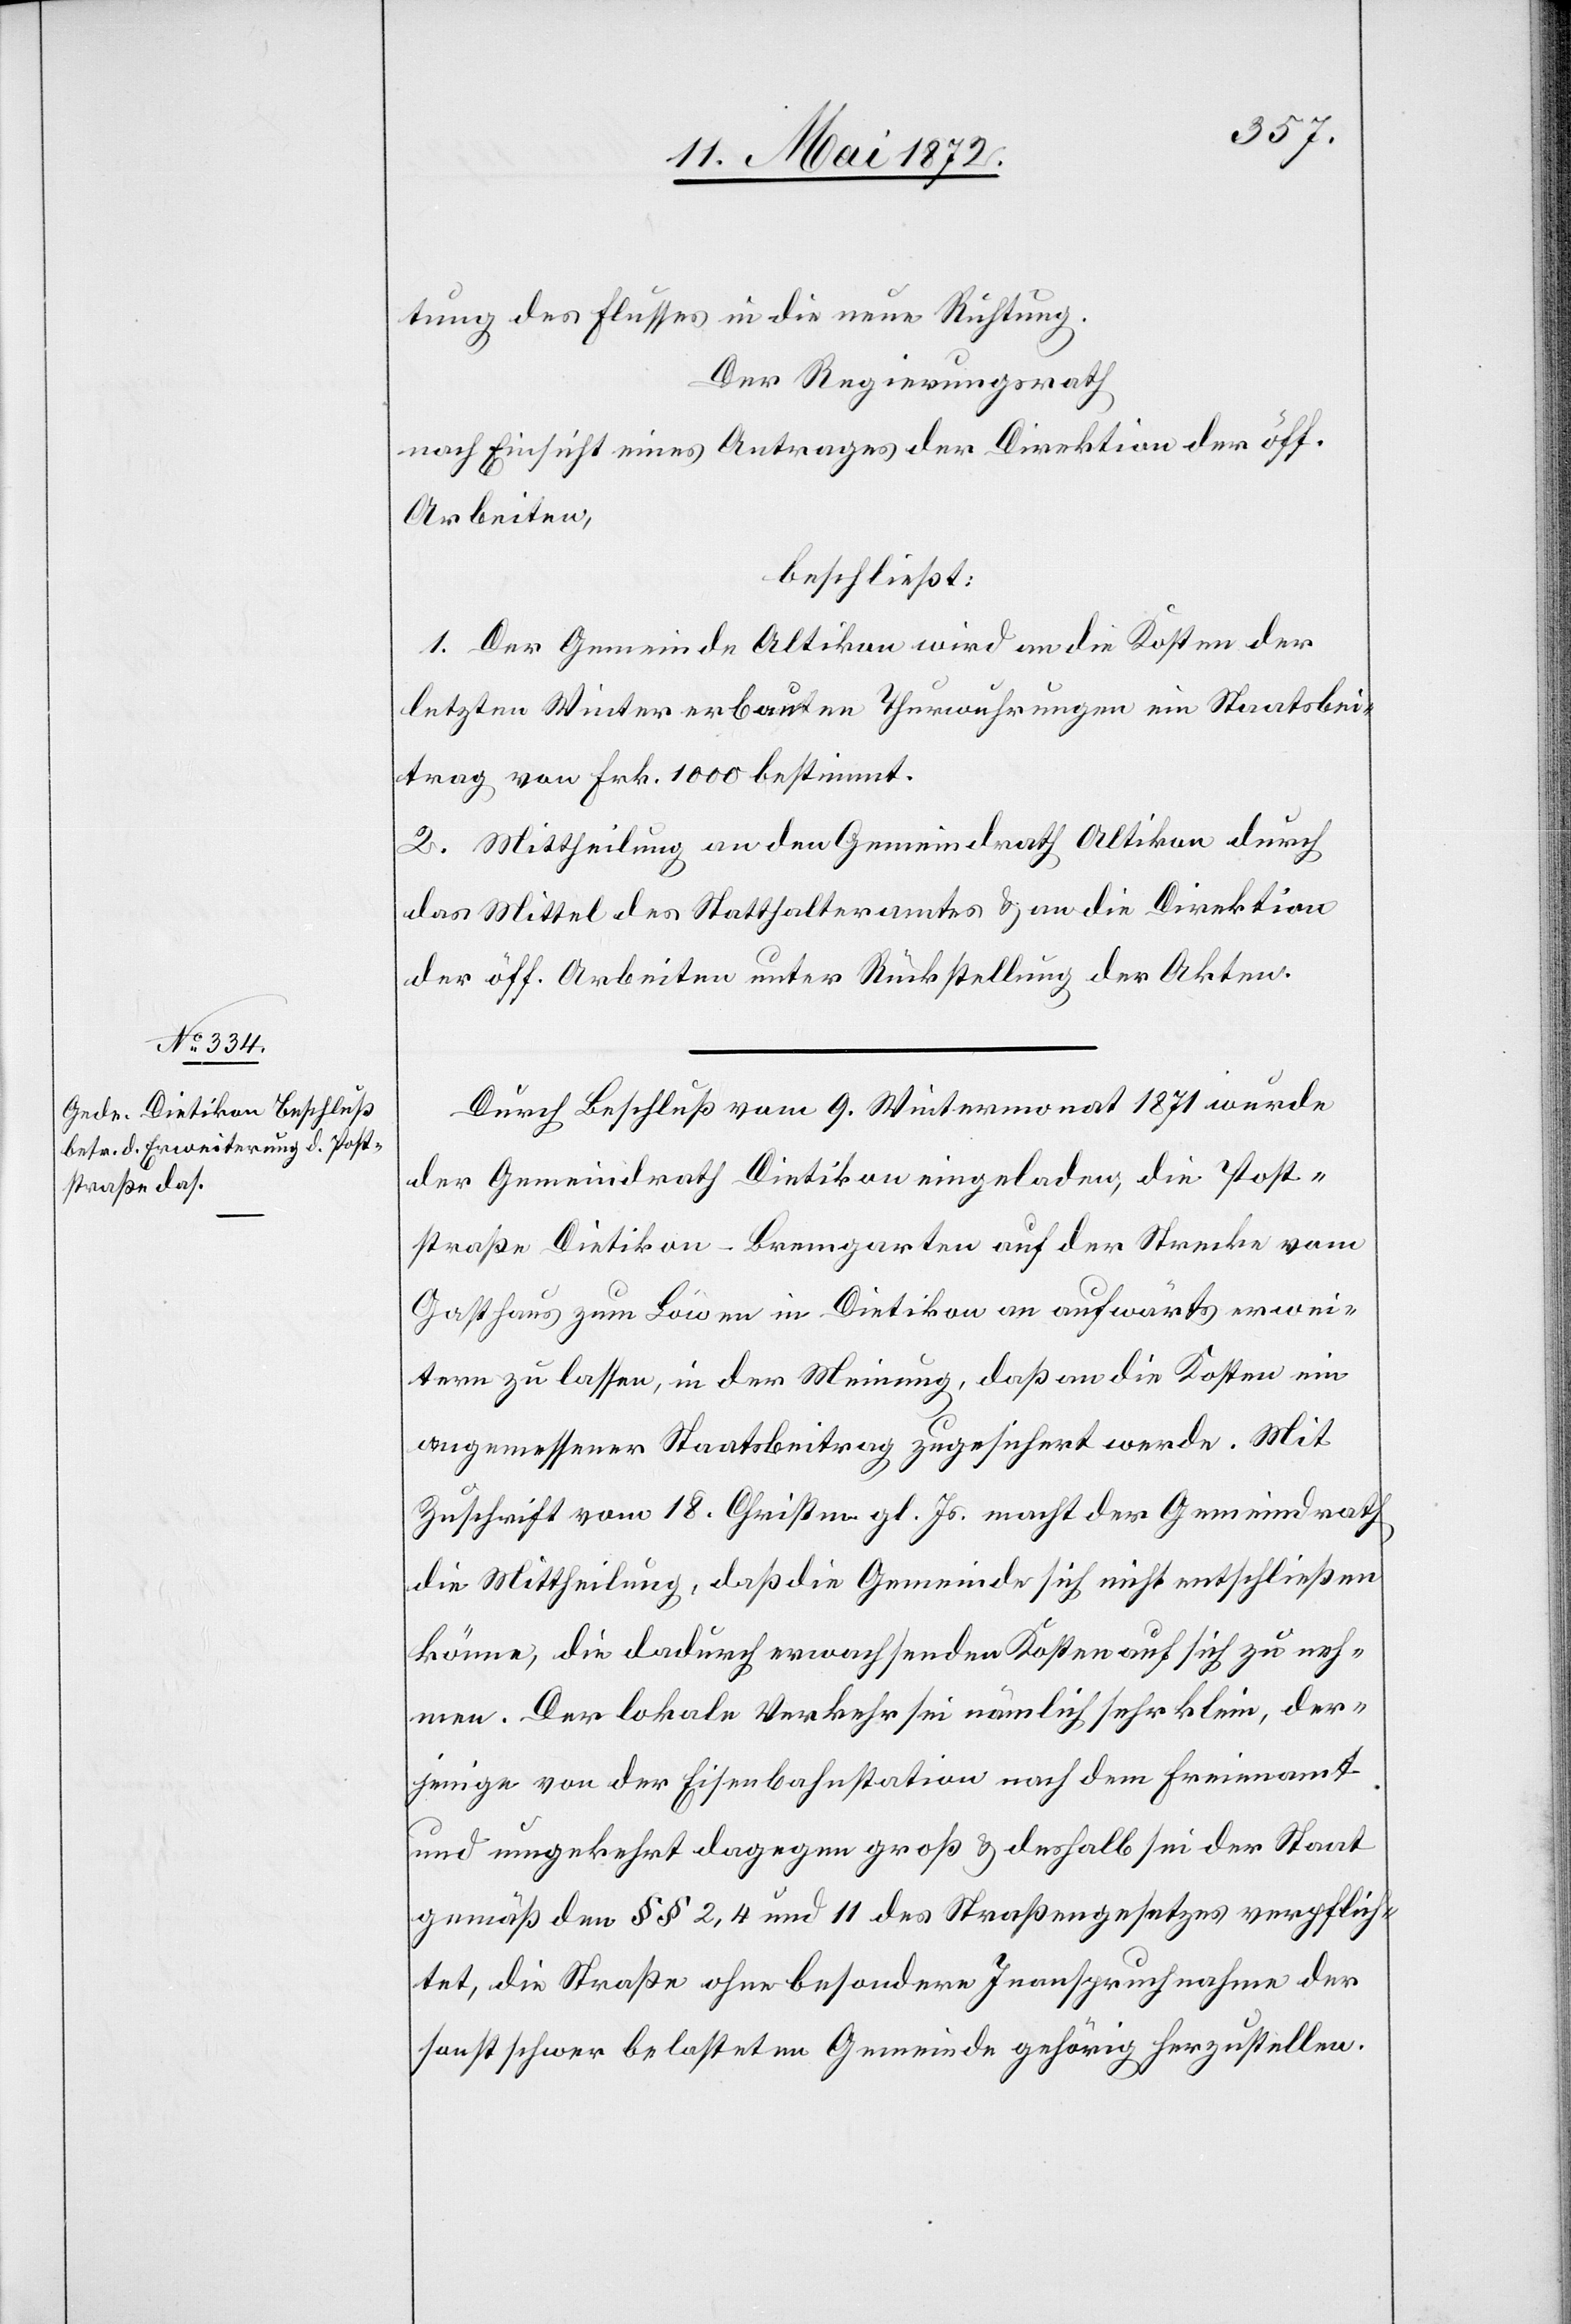
tung des Flusses in die neue Richtung.
Der Regierungsrath
nach Einsicht eines Antrages der Direktion der öff.
Arbeiten,
beschließt:
1. Der Gemeinde Altikon wird an die Kosten der
letzten Winter erbauten Thurwuhrungen ein Staatsbei¬
trag von Frk. 1000 bestimmt.
2. Mittheilung an den Gemeindrath Altikon durch
das Mittel des Statthalteramtes u. an die Direktion
der öff. Arbeiten unter Rückstellung der Akten.
Durch Beschluß vom 9. Wintermonat 1871 wurde
der Gemeindrath Dietikon eingeladen, die Post¬
straße Dietikon–Bremgarten auf der Strecke vom
Gasthaus zum Löwen in Dietikon an aufwärts erwei¬
tern zu lassen, in der Meinung, daß an die Kosten ein
angemessener Staatsbeitrag zugesichert werde. Mit
Zuschrift vom 18. Christm. gl. Js. macht der Gemeindrath
die Mittheilung, daß die Gemeinde sich nicht entschließen
könne, die dadurch erwachsenden Kosten auf sich zu neh¬
men. Der lokale Verkehr sei nämlich sehr klein, der¬
jenige von der Eisenbahnstation nach dem Freienamt
und umgekehrt dagegen groß u. deshalb sei der Staat
gemäß den §§ 2, 4 und 11 des Straßengesetzes verpflich¬
tet, die Straße ohne besondere Inanspruchnahme der
sonst schwer belasteten Gemeinden gehörig herzustellen.